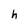
Character: h